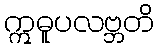
ဣဓူပလဗ္ဘတိ